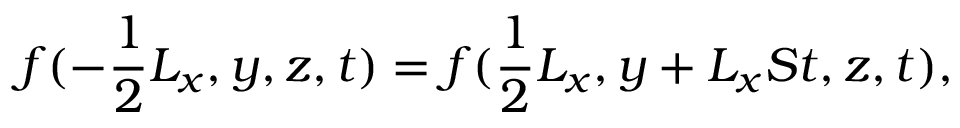
f ( - \frac { 1 } { 2 } L _ { x } , y , z , t ) = f ( \frac { 1 } { 2 } L _ { x } , y + L _ { x } S t , z , t ) ,